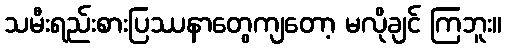
သမီးရည်းစားပြဿနာတွေကျတော့ မလိုချင် ကြဘူး။